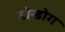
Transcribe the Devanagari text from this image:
बोन्डोग